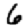
Digit: 6